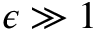
\epsilon \gg 1